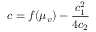
c = f ( \mu _ { v } ) - \frac { c _ { 1 } ^ { 2 } } { 4 c _ { 2 } }